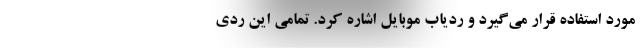
مورد استفاده قرار می‌گیرد و ردیاب موبایل اشاره کرد. تمامی این ردی